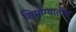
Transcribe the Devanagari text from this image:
शिमोग्यातील